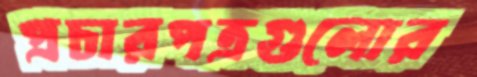
প্রচারপত্রগুলোর